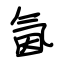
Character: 氤